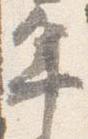
年